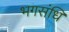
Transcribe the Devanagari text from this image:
भगसंधि